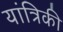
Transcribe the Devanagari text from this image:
यांत्रिकी